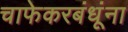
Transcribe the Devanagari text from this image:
चाफेकरबंधूंना